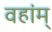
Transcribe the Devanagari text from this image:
वहांम्